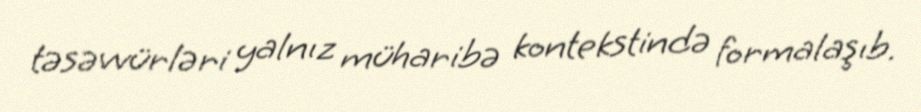
təsəvvürləri yalnız müharibə kontekstində formalaşıb.